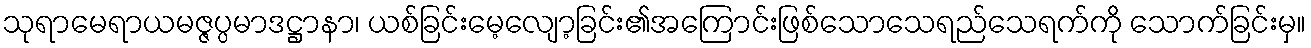
သုရာမေရာယမဇ္ဇပ္ပမာဒဋ္ဌာနာ၊ ယစ်ခြင်းမေ့လျော့ခြင်း၏အကြောင်းဖြစ်သောသေရည်သေရက်ကို သောက်ခြင်းမှ။